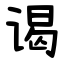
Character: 谒